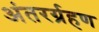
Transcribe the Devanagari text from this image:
अंतरर्ग्रहण